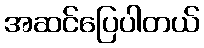
အဆင်ပြေပါတယ်